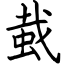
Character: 蛓